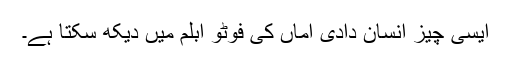
ایسی چیز انسان دادی اماں کی فوٹو ابلم میں دیکھ سکتا ہے۔